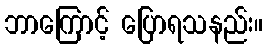
ဘာကြောင့် ပြောရသနည်း။